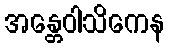
အန္တေဝါသိကေန